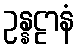
ဥန္နဠာနံ